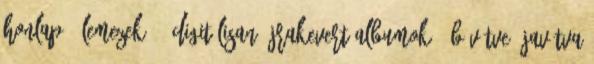
Honlap: 'Lemezek' - digitálisan újrakevert albumok » bővítve, javítva